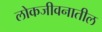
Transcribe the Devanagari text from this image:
लोकजीवनातील